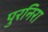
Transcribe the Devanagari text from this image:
पुरनिरा